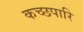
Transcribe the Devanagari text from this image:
कच्छपारि